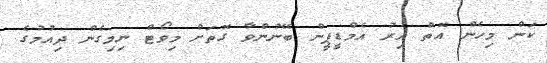
ކަން މިހެން އޮތް އިރު އެމްޑީޕީން ބޭނުންވާ ގޮތަށް މިވޯޓް ނިމިގެން ދިއުމުގެ